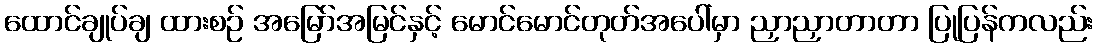
ထောင်ချုပ်ချ ထားစဉ် အမြော်အမြင်နှင့် မောင်မောင်တုတ်အပေါ်မှာ ညှာညှာတာတာ ပြုပြန်ကလည်း